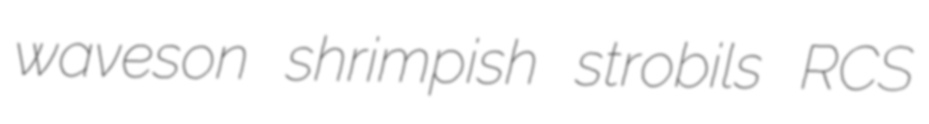
waveson shrimpish strobils RCS